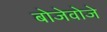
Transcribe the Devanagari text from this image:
बोजेवोजे